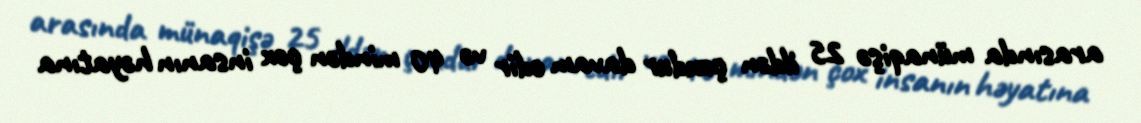
arasında münaqişə 25 ildən çoxdur davam edir və 40 mindən çox insanın həyatına